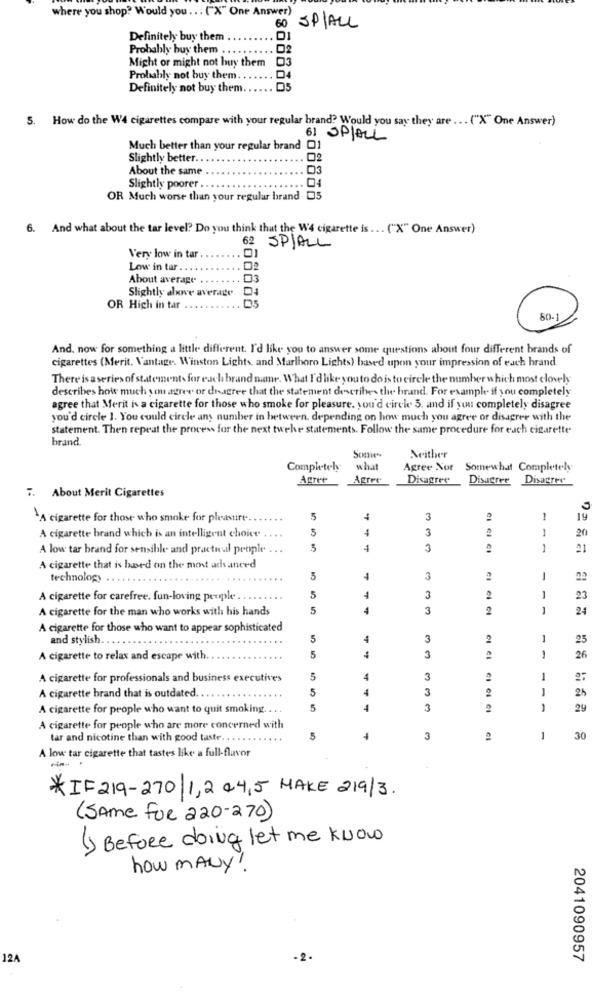
where you shop? Would you .. . ("X" One Answer)
60
SP/ALL
Definitely buy them
Probably buy them
Might or might not buy them
Probably not buy them.
Definitely not buy them
5. How do the W4 cigarettes compare with your regular brand? Would you say they are ... ("X" One Answer)
6] SP/ALL
Much better than your regular brand 01
Slightly better ..
02
About the same
D3
04
Slightly poorer
OR Much worse than your regular brand 05
6. And what about the tar level? Do you think that the W4 cigarette is ... ("X" One Answer)
62 SP/ALL
Very low in tar
Low in tar ..
02
About average
03
Slightly above average
OR High in tar
80-1
And. now for something a little different. I'd like you to answer some questions about four different brands of
cigarettes (Merit. Vantage. Winston Lights, and Marlboro Lights) based upon your impression of each brand
There is a series of statements for each brand mme. What I'd like you to do is to circle the number which most closely
describes how much you agree or dragree that the statement describes the brand. For example if you completely
agree that Merit is a cigarette for those who smoke for pleasure. you'd circk. 5. and if you completely disagree
you'd circle 1. You could circle any number in between. depending on how much you agree or disagree with the
Statement. Then repeat the process for the next twohe statements. Follow the same procedure for each cigarette
brand
Neither
Completely
what
Agree Nor Somewhat Completely
Agree
Agree
Disagree Disagree Disagree
7. About Merit Cigarettes
`A cigarette for those who smoke for pleasure ..
5
3
2
1
19
3
3
2
1
20
A cigarette brand which is an intelligent choice
A low tar brand for sensible and practical people
5
4
3
2
1
A cigarette that is based on the most advanced
technology .
4
3
-
A cigarette for carefree. fun-loving peuple ..
5
4
3
2
1
23
A cigarette for the man who works with his hands
5
4
3
2
1
A cigarette for those who want to appear sophisticated
and stylish.
5
4
3
2
25
A cigarette to relax and escape with
5
3
1
26
A cigarette for professionals and business executives
5
4
3
1
27
5
4
3
2
25
A cigarette brand that is outdated.
A cigarette for people who want to quit smoking .. ..
5
4
3
-
29
A cigarette for people who are more concerned with
tar and nicotine than with good taste ..
5
1
3
30
A low tar cigarette that tastes like a full-flavor
-in
*IF 219-270/1,2 04,5 MAKE 219/3.
(Same For 220-270)
() Before doing let me know
how MANY!
12/
-2.
2041090957